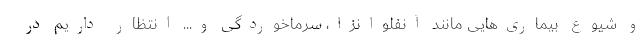
و شیوع بیماری‌هایی مانند آنفلوانزا، سرماخوردگی و... انتظار داریم در